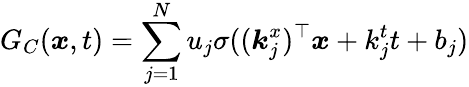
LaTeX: G_{C}(\boldsymbol{x},t)=\sum_{j=1}^{N}u_{j}\sigma((\boldsymbol{k}_{j}^{x})^{\top}\boldsymbol{x}+k_{j}^{t}t+b_{j})